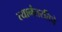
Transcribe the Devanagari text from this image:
त्यानंतरतिचे